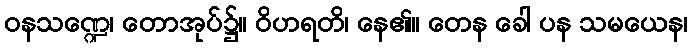
ဝနသဏ္ဍေ၊ တောအုပ်၌။ ဝိဟရတိ၊ နေ၏။ တေန ခေါ ပန သမယေန၊